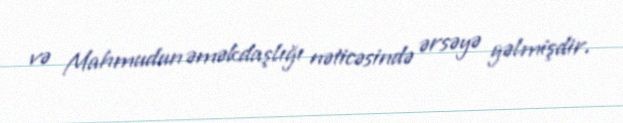
və Mahmudun əməkdaşlığı nəticəsində ərsəyə gəlmişdir.